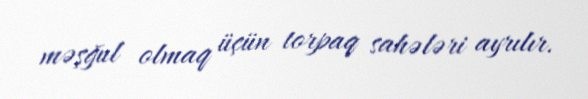
məşğul olmaq üçün torpaq sahələri ayrılır.